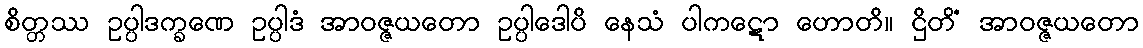
စိတ္တဿ ဥပ္ပါဒက္ခဏေ ဥပ္ပါဒံ အာဝဇ္ဇယတော ဥပ္ပါဒေါပိ နေသံ ပါကဋော ဟောတိ။ ဌိတိံ အာဝဇ္ဇယတော